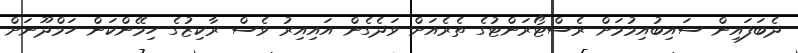
ދެބަފައިން ސައިބުއިމުމަށް ރެސްޓޯރަންޓުގެ ތެރެއަށް ވަދެގެން އައިއިރު ވެސް ރާކިޒުގެ ހިމޭންކަން ހަމްދޫނަށް